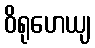
ဝိရုဟေယျ